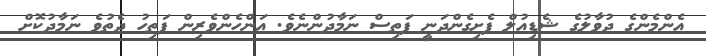
އެންމެންގެ ދުވާލުގެ ޝެޑިއުލް ފެށިގެންދަނީ ފަތިސް ނަމާދުންނެވެ. އަންހެންވެރިން ފަތިހު ދެތުވެ ނަމާދުކޮށް